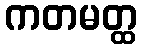
ကတမတ္ထ